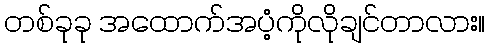
တစ်ခုခု အထောက်အပံ့ကိုလိုချင်တာလား။